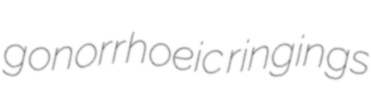
gonorrhoeic ringings